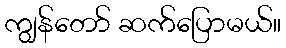
ကျွန်တော် ဆက်ပြောမယ်။